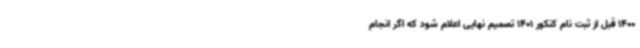
1400 قبل از ثبت نام کنکور 1401 تصمیم نهایی اعلام شود که اگر انجام